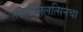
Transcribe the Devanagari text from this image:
त्लाकेलेलत्सिनचा